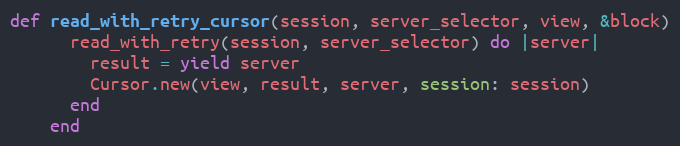
Language: Ruby
def read_with_retry_cursor(session, server_selector, view, &block)
      read_with_retry(session, server_selector) do |server|
        result = yield server
        Cursor.new(view, result, server, session: session)
      end
    end